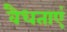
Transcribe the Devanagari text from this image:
वैधताएं